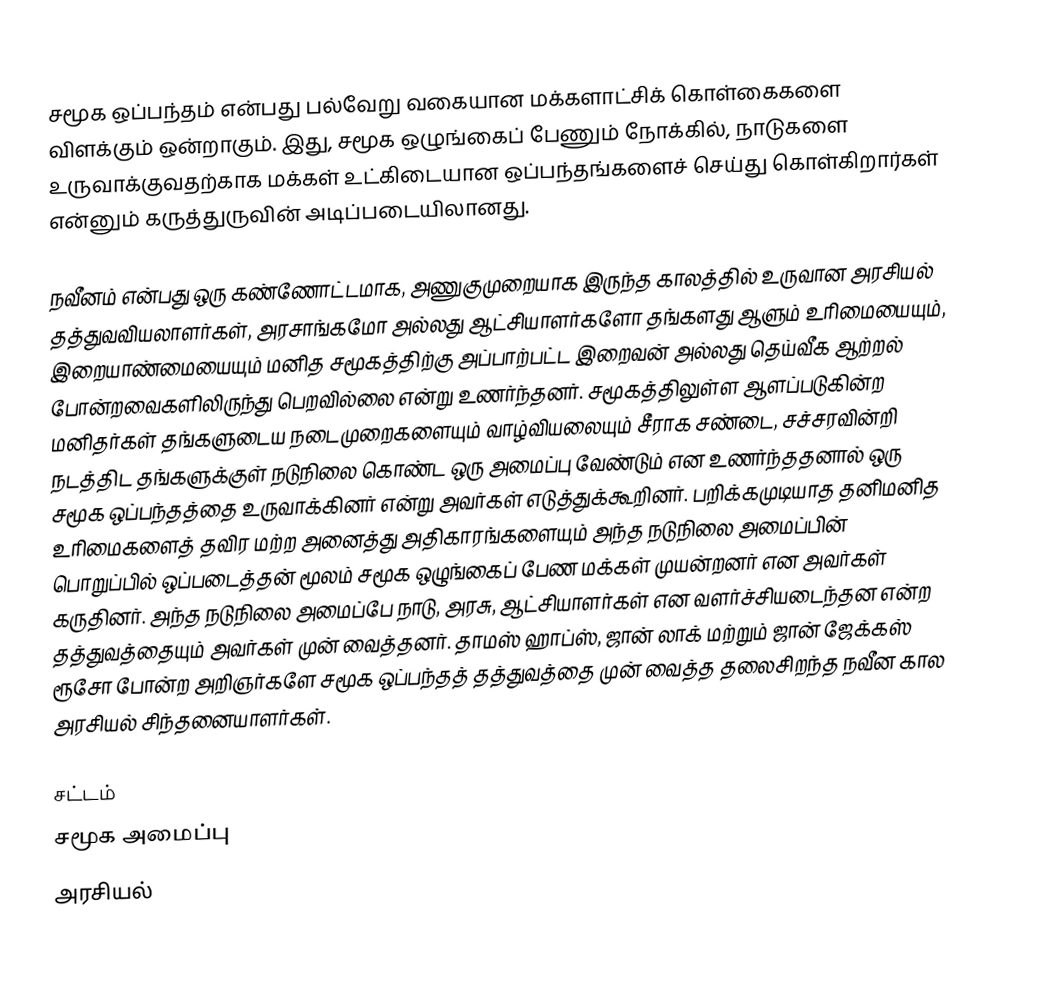
சமூக ஒப்பந்தம் என்பது பல்வேறு வகையான மக்களாட்சிக் கொள்கைகளை விளக்கும் ஒன்றாகும். இது, சமூக ஒழுங்கைப் பேணும் நோக்கில், நாடுகளை உருவாக்குவதற்காக மக்கள் உட்கிடையான ஒப்பந்தங்களைச் செய்து கொள்கிறார்கள் என்னும் கருத்துருவின் அடிப்படையிலானது.

நவீனம் என்பது ஒரு கண்ணோட்டமாக, அணுகுமுறையாக இருந்த காலத்தில் உருவான அரசியல் தத்துவவியலாளர்கள், அரசாங்கமோ அல்லது ஆட்சியாளர்களோ தங்களது ஆளும் உரிமையையும், இறையாண்மையையும் மனித சமூகத்திற்கு அப்பாற்பட்ட இறைவன் அல்லது தெய்வீக ஆற்றல் போன்றவைகளிலிருந்து பெறவில்லை என்று உணர்ந்தனர். சமூகத்திலுள்ள ஆளப்படுகின்ற மனிதர்கள் தங்களுடைய நடைமுறைகளையும் வாழ்வியலையும் சீராக சண்டை, சச்சரவின்றி நடத்திட தங்களுக்குள் நடுநிலை கொண்ட ஒரு அமைப்பு வேண்டும் என உணர்ந்ததனால் ஒரு சமூக ஒப்பந்தத்தை உருவாக்கினர் என்று அவர்கள் எடுத்துக்கூறினர். பறிக்கமுடியாத தனிமனித உரிமைகளைத் தவிர மற்ற அனைத்து அதிகாரங்களையும் அந்த நடுநிலை அமைப்பின் பொறுப்பில் ஒப்படைத்தன் மூலம் சமூக ஒழுங்கைப் பேண மக்கள் முயன்றனர் என அவர்கள் கருதினர். அந்த நடுநிலை அமைப்பே நாடு, அரசு, ஆட்சியாளர்கள் என வளர்ச்சியடைந்தன என்ற தத்துவத்தையும் அவர்கள் முன் வைத்தனர். தாமஸ் ஹாப்ஸ், ஜான் லாக் மற்றும் ஜான் ஜேக்கஸ் ரூசோ போன்ற அறிஞர்களே சமூக ஒப்பந்தத் தத்துவத்தை முன் வைத்த தலைசிறந்த நவீன கால அரசியல் சிந்தனையாளர்கள்.

சட்டம்
சமூக அமைப்பு
அரசியல்